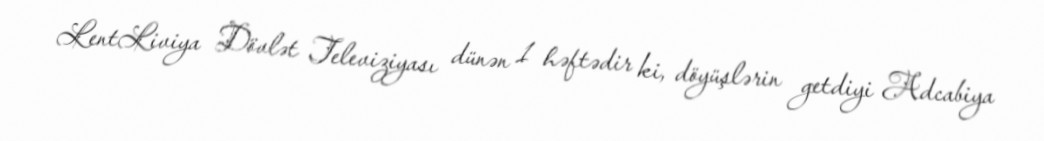
LentLiviya Dövlət Televiziyası dünən 1 həftədir ki, döyüşlərin getdiyi Adcabiya